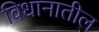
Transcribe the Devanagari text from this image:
विधानातील